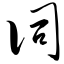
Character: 词